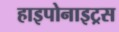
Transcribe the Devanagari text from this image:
हाइपोनाइट्रस